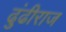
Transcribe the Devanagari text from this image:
ढुंढीराज